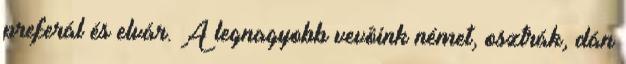
preferál és elvár. A legnagyobb vevôink német, osztrák, dán